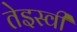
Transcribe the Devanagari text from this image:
तेइस्वीं